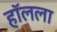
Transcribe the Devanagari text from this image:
हॉलला